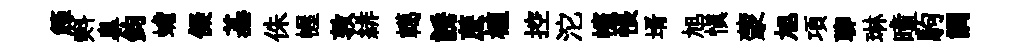
簰㪺臯鈞蟾儗基侏幄敦緋轕誘蔗植控沱幰悵壻旭愼蒙旭項聊琳曈駒調